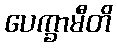
ပေက္ခာမီတိ